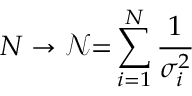
N \rightarrow \mathscr { N } { = } \sum _ { i = 1 } ^ { N } \frac { 1 } { \sigma _ { i } ^ { 2 } }